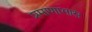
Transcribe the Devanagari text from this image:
प्रमाणाभास